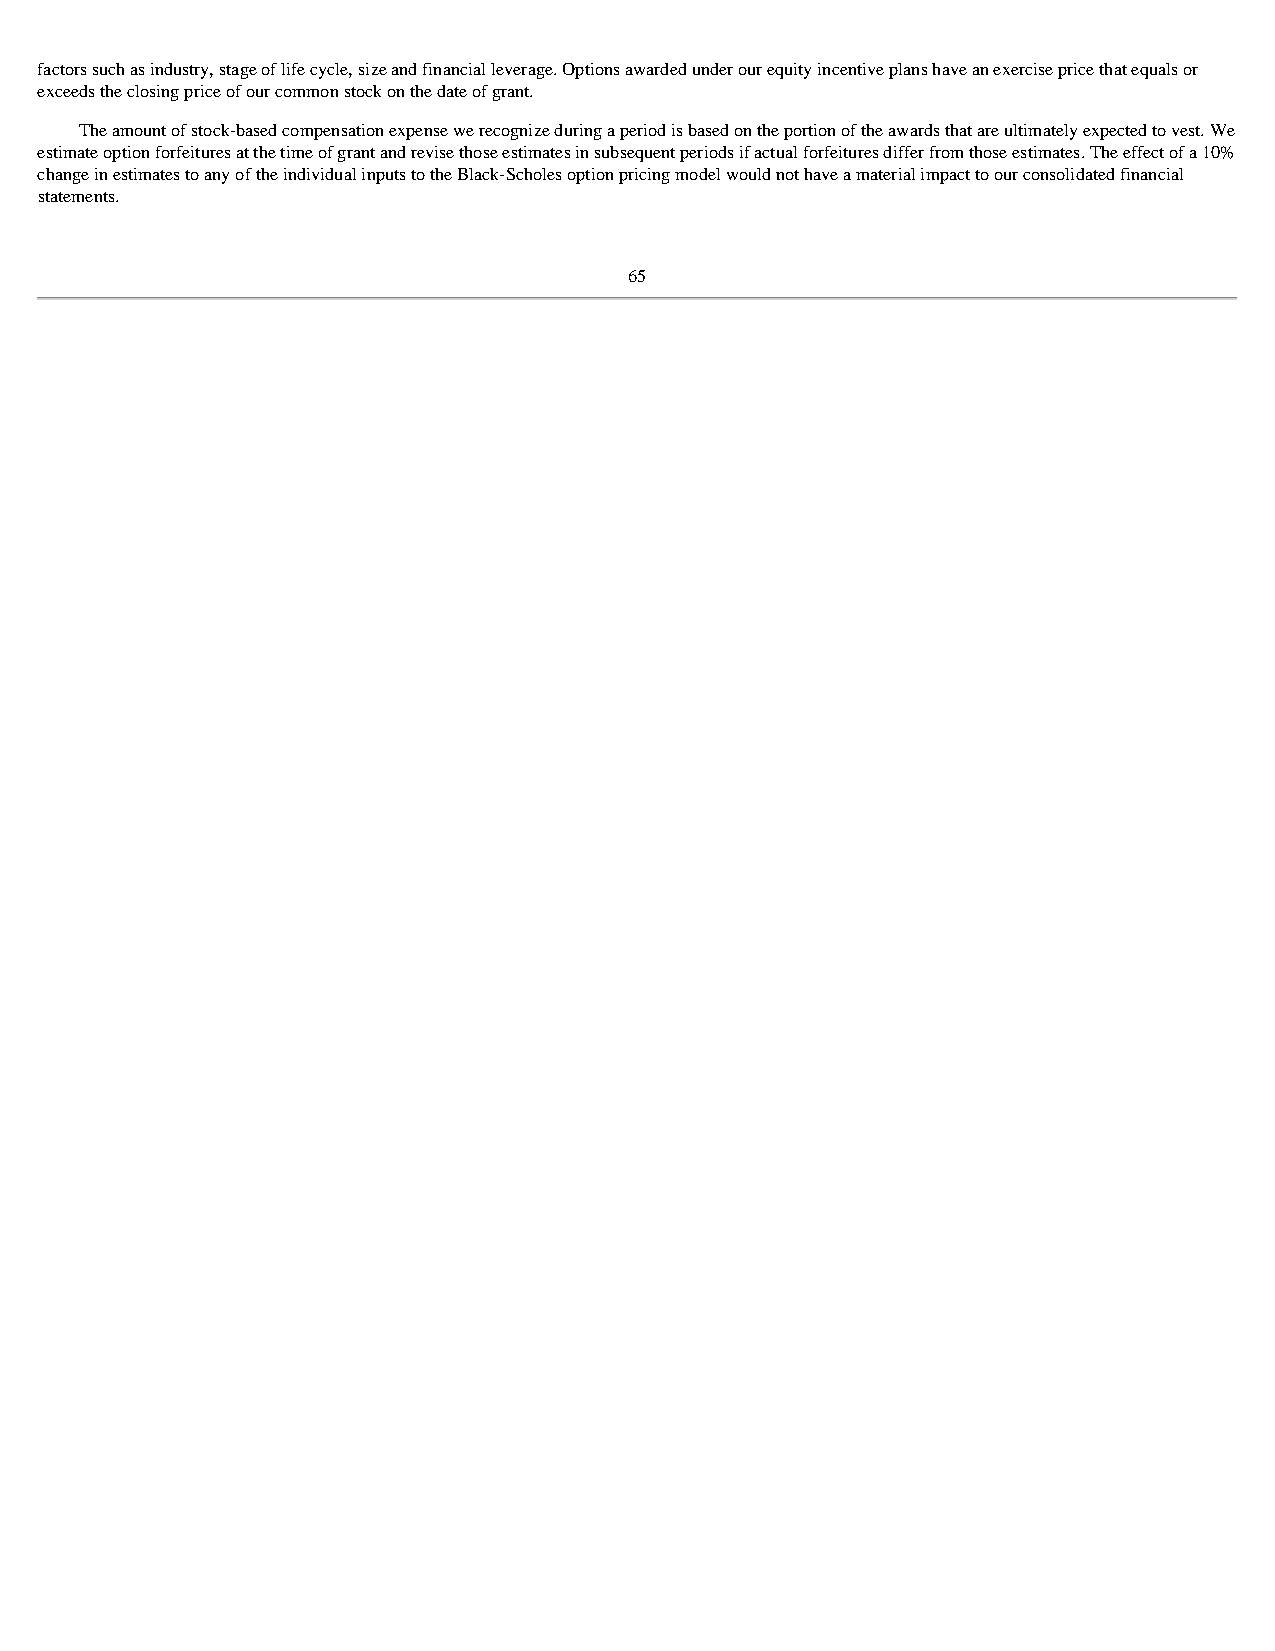
factors such as industry, stage of life cycle, size and financial leverage. Options awarded under our equity incentive plans have an exercise price that equals or
 exceeds the closing price of our common stock on the date of grant.
 The amount of stock-based compensation expense we recognize during a period is based on the portion of the awards that are ultimately expected to vest. We
 estimate option forfeitures at the time of grant and revise those estimates in subsequent periods if actual forfeitures differ from those estimates. The effect of a 10%
 change in estimates to any of the individual inputs to the Black-Scholes option pricing model would not have a material impact to our consolidated financial
 statements.
 65